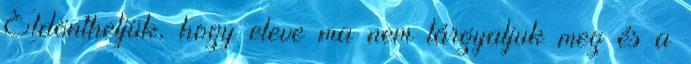
Eldönthetjük, hogy eleve ma nem tárgyaljuk meg és a